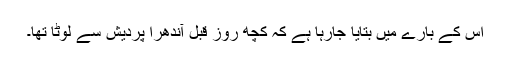
اس کے بارے میں بتایا جارہا ہے کہ کچھ روز قبل آندھرا پردیش سے لوٹا تھا۔